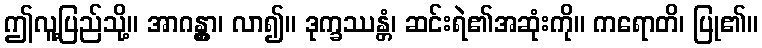
ဤလူ့ပြည်သို့။ အာဂန္တွာ၊ လာ၍။ ဒုက္ခဿန္တံ၊ ဆင်းရဲ၏အဆုံးကို။ ကရောတိ၊ ပြု၏။